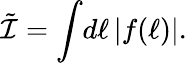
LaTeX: \tilde{\cal I}=\int\! d\ell\, |f(\ell)|.